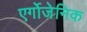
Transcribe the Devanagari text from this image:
एर्गोजेनिक